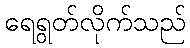
ရေရွတ်လိုက်သည်